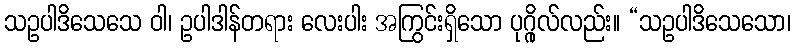
သဥပါဒိသေသေ ဝါ၊ ဥပါဒါန်တရား လေးပါး အကြွင်းရှိသော ပုဂ္ဂိုလ်လည်း။ “သဥပါဒိသေသော၊